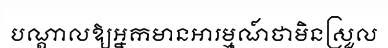
បណ្តាលឱ្យអ្នកមានអារម្មណ៍ថាមិនស្រួល